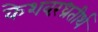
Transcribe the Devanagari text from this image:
केशवरंध्रतीर्थ